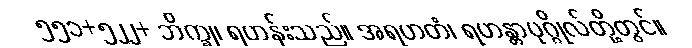
၅၅၁+၅၂၂+ ဘိက္ခု၊ ရဟန်းသည်။ အရဟတံ၊ ရဟန္တာပုဂ္ဂိုလ်တို့တွင်။